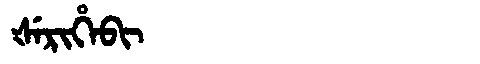
Manchu: ᡧᡝᡵᡳᡥᡝᠪᡳ
Romanization: ŠERIHEBI